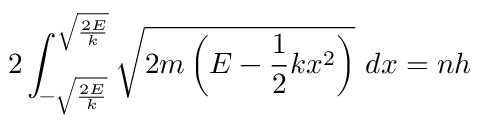
2 \int _ { - { \sqrt { \frac { 2 E } { k } } } } ^ { \sqrt { \frac { 2 E } { k } } } { \sqrt { 2 m \left( E - { \frac { 1 } { 2 } } k x ^ { 2 } \right) } } \ d x = n h